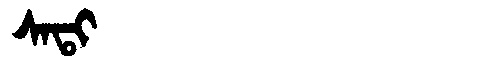
Manchu: ᠰᠠᡨᡳ
Romanization: SATI